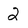
Character: 2